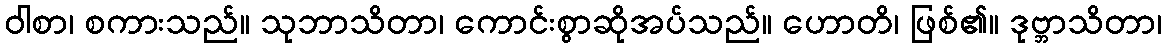
ဝါစာ၊ စကားသည်။ သုဘာသိတာ၊ ကောင်းစွာဆိုအပ်သည်။ ဟောတိ၊ ဖြစ်၏။ ဒုဗ္ဘာသိတာ၊